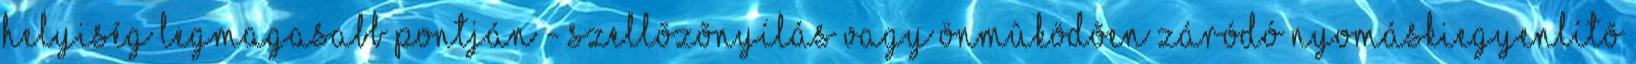
helyiség legmagasabb pontján - szellõzõnyílás vagy önmûködõen záródó nyomáskiegyenlítõ